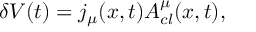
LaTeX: \delta V ( t ) = j _ { \mu } ( x , t ) A _ { c l } ^ { \mu } ( x , t ) ,